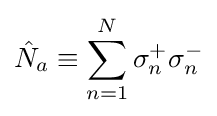
{\hat {N}}_{a}\equiv \sum _{n=1}^{N}\sigma _{n}^{+}\sigma _{n}^{-}